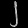
Digit: ၂